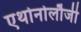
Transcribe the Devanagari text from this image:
एथोनोलौजी